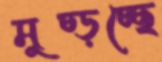
মুচ্‌ড়চ্ছে